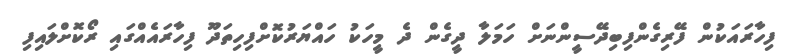
ފިހާރައަކުން ފޭރިގެންފިބިދޭސީންނަށް ހަމަލާ ދީގެން ދެ މީހަކު ހައްޔަރުކޮށްފިހިތަދޫ ފިހާރައެއްގައި ރޯކޮށްލައިފި